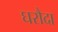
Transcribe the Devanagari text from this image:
घरौदा